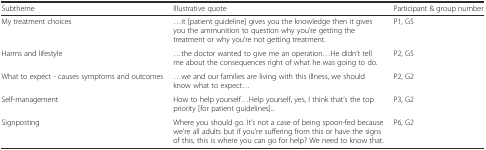
<table><thead><tr><td><b>Subtheme</b></td><td><b>Illustrative quote</b></td><td><b>Participant &amp; group number</b></td></tr></thead><tbody><tr><td>My treatment choices</td><td>...it [patient guideline] gives you the knowledge then it gives you the ammunition to question why you’re getting the treatment or why you’re not getting treatment.</td><td>P1, G5</td></tr><tr><td>Harms and lifestyle</td><td>...the doctor wanted to give me an operation...He didn’t tell me about the consequences right of what he was going to do.</td><td>P2, G5</td></tr><tr><td>What to expect - causes symptoms and outcomes</td><td>...we and our families are living with this illness, we should know what to expect...</td><td>P2, G2</td></tr><tr><td>Self-management</td><td>How to help yourself...Help yourself, yes, I think that’s the top priority [for patient guidelines]...</td><td>P3, G2</td></tr><tr><td>Signposting</td><td>Where you should go. It’s not a case of being spoon-fed because we’re all adults but if you’re suffering from this or have the signs of this, this is where you can go for help? We need to know that.</td><td>P6, G2</td></tr></tbody></table>